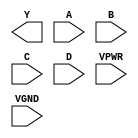
/**
 * Copyright 2020 The SkyWater PDK Authors
 *
 * Licensed under the Apache License, Version 2.0 (the "License");
 * you may not use this file except in compliance with the License.
 * You may obtain a copy of the License at
 *
 *     https://www.apache.org/licenses/LICENSE-2.0
 *
 * Unless required by applicable law or agreed to in writing, software
 * distributed under the License is distributed on an "AS IS" BASIS,
 * WITHOUT WARRANTIES OR CONDITIONS OF ANY KIND, either express or implied.
 * See the License for the specific language governing permissions and
 * limitations under the License.
 *
 * SPDX-License-Identifier: Apache-2.0
 */

`ifndef SKY130_FD_SC_HS__NOR4_PP_BLACKBOX_V
`define SKY130_FD_SC_HS__NOR4_PP_BLACKBOX_V

/**
 * nor4: 4-input NOR.
 *
 *       Y = !(A | B | C | D)
 *
 * Verilog stub definition (black box with power pins).
 *
 * WARNING: This file is autogenerated, do not modify directly!
 */

`timescale 1ns / 1ps
`default_nettype none

(* blackbox *)
module sky130_fd_sc_hs__nor4 (
    Y   ,
    A   ,
    B   ,
    C   ,
    D   ,
    VPWR,
    VGND
);

    output Y   ;
    input  A   ;
    input  B   ;
    input  C   ;
    input  D   ;
    input  VPWR;
    input  VGND;
endmodule

`default_nettype wire
`endif  // SKY130_FD_SC_HS__NOR4_PP_BLACKBOX_V